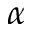
\alpha